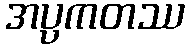
အပ္ပကတဿ